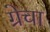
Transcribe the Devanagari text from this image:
ग्रेचा